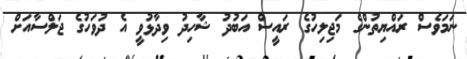
ނަމަވެސް ރައްޔިތުންގެ މަޖިލިހުގެ ރައީސް އަބުދު ޝާހިދު ވިދާޅުވީ އެ ދުވަހުގެ ޖަލްސާއަށް